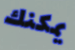
يمكنك